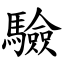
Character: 驗